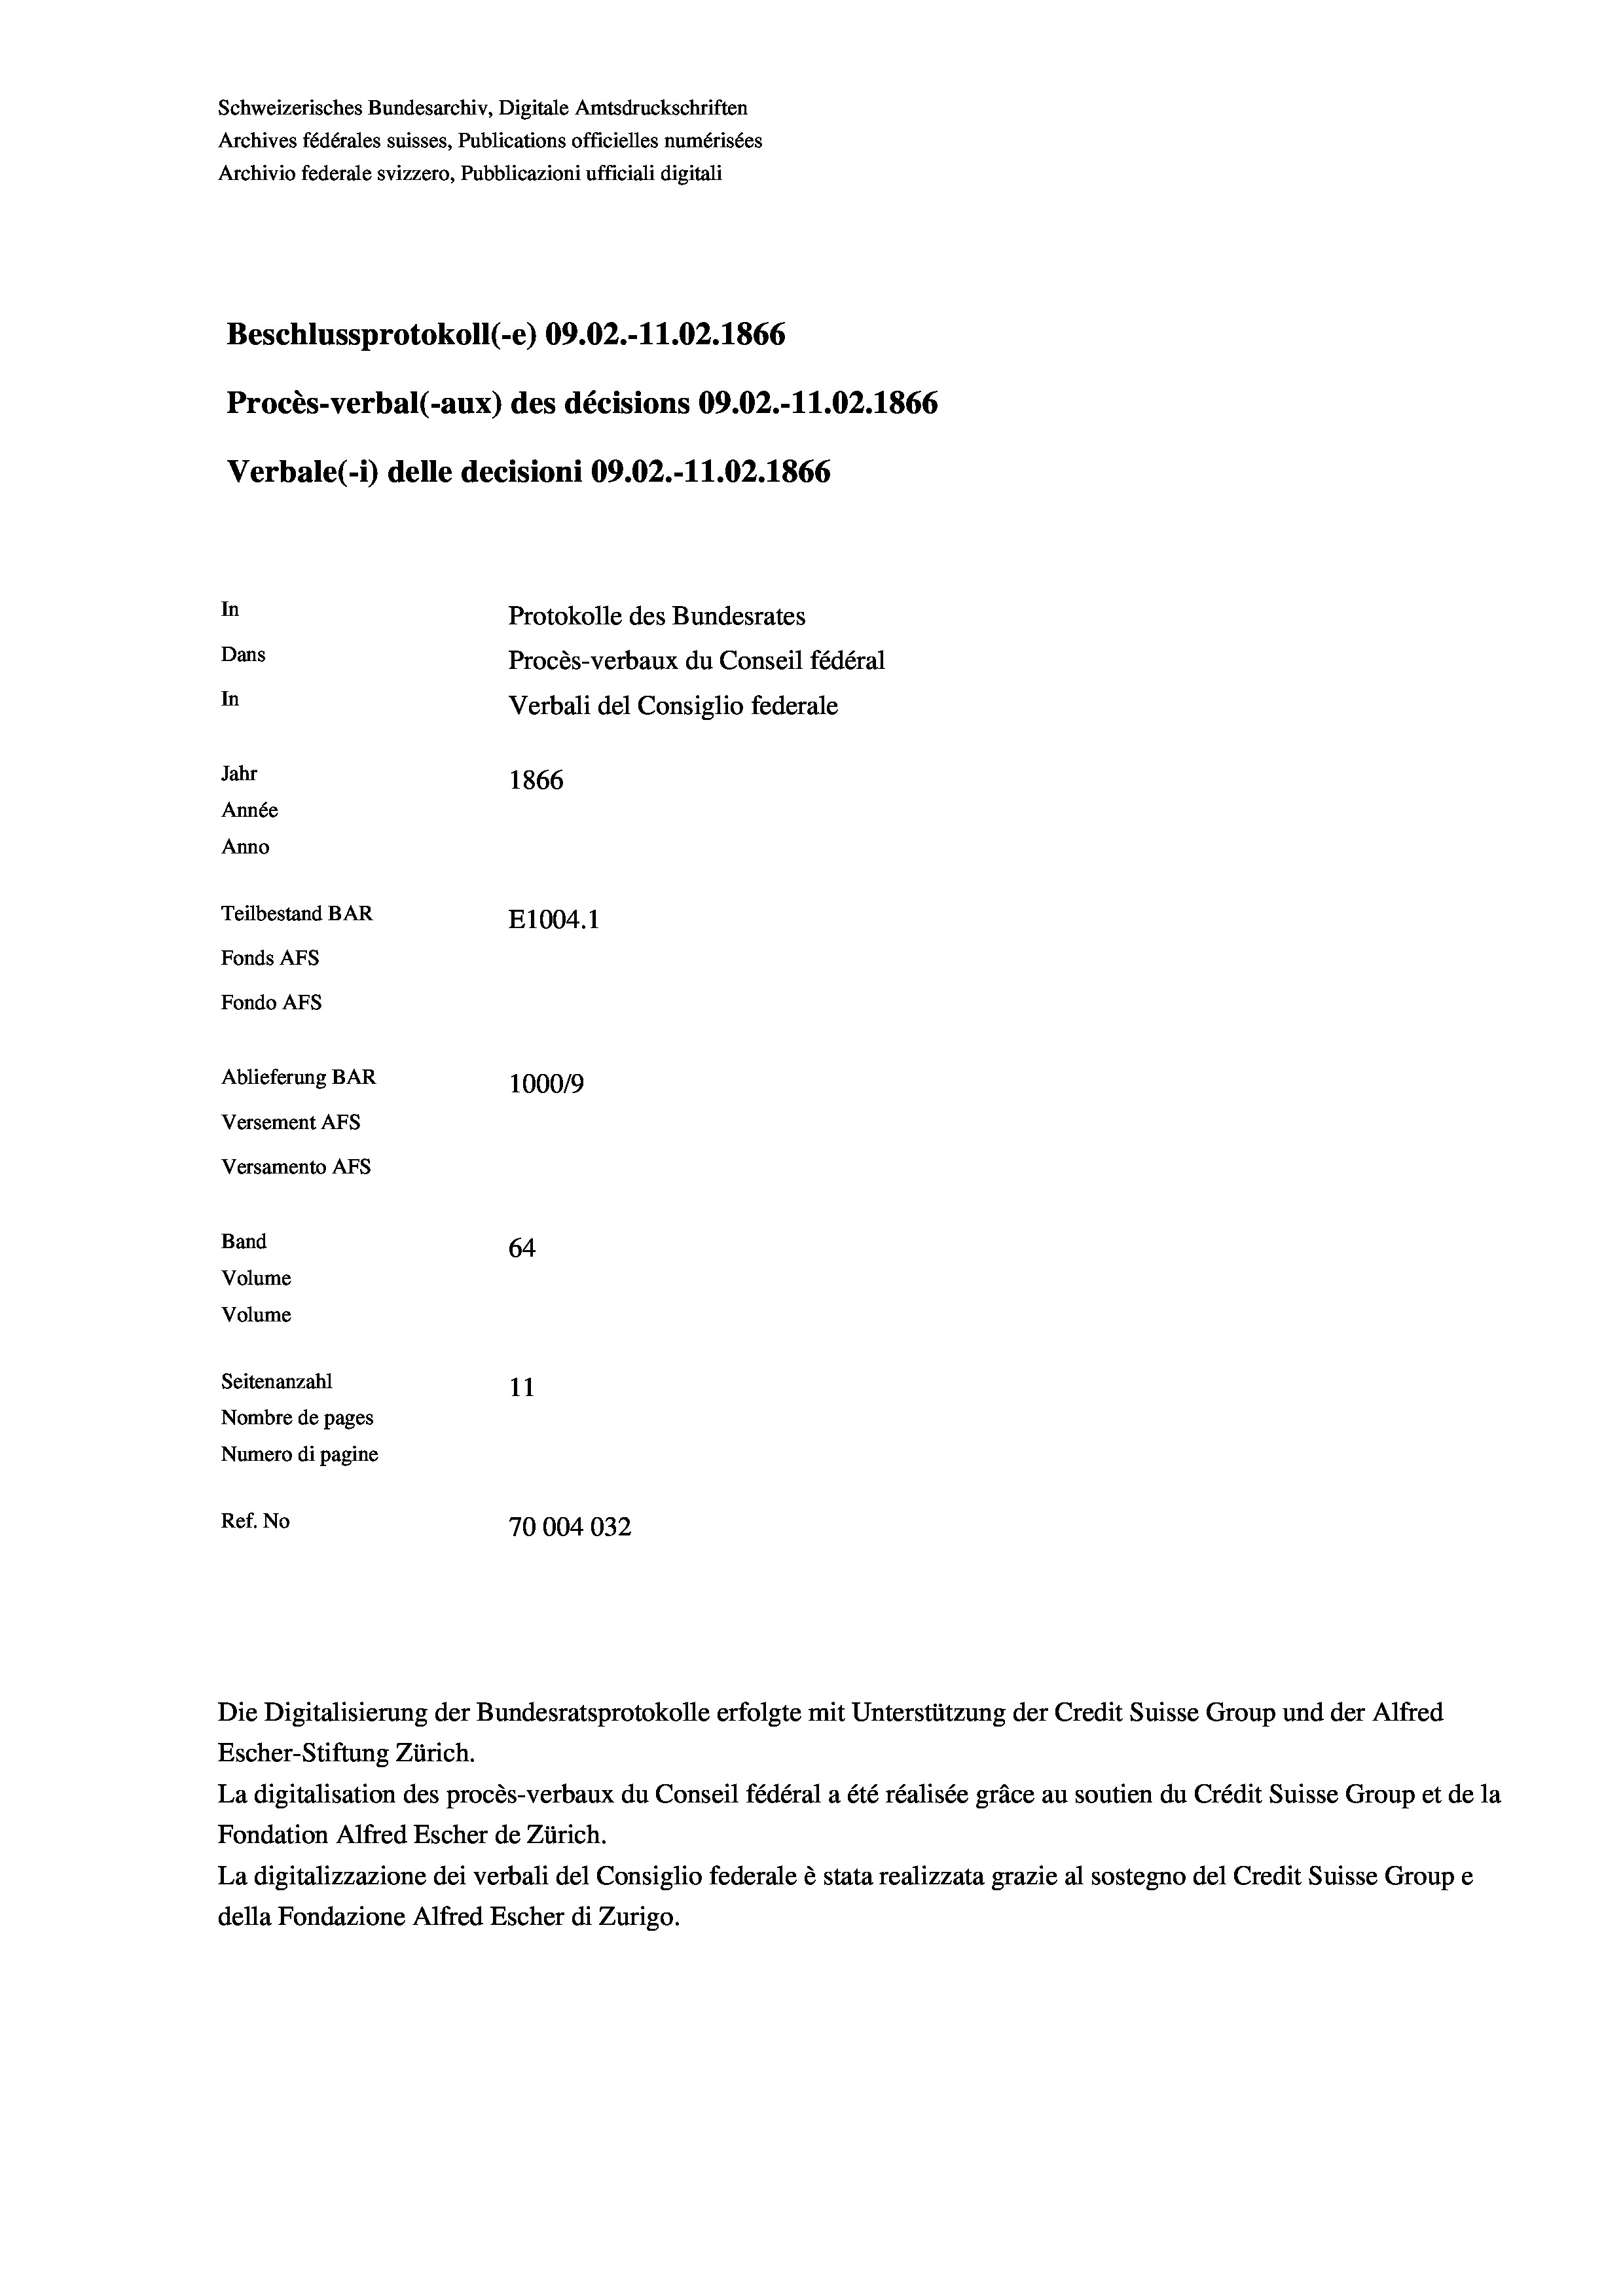
Schweizerisches Bundesarchiv, Digitale Amtsdruckschriften
Archives fédérales suisses, Publications officielles numérisées
Archivio federale svizzero, Pubblicazioni ufficiali digitali
Beschlussprotokoll (-e) 09.02.-11.02.1866
Procès-verbal (-aux) des décisions 09.02.-11.02. 1866
Verbale (i) delle decisioni 09.02.-11.02. 1866
In
Protokolle des Bundesrates
Dans
Procès-verbaux du Conseil fédéral
In
Verbali del Consiglio federale
Jahr
1866
Année
Anno
Teilbestand BAR
E1004.1
Fonds AFs
Fondo Afs
Ablieferung BAR
100019
Versement AFs
Versamento AFs
Band
64
Volume
Volume

Seitenanzahl
11
Nombre de pages
Numero di pagine
Ref. No
70004032

Escher-Stiftung Zürich.
La digitalisation des procès-verbaux du Conseil fédéral a été réalisée gräce au soutien du Crédit Suisse Group et de la
Fondation Alfred Escher de Zürich.
La digitalizzazione dei verbali del Consiglio federale è stata realizzata grazie al sostegno del Credit Suisse Groupe
della Fondazione Alfred Escher di Zurigo.

Die Digitalisierung der Bundesratsprotokolle erfolgte mit Unterstützung der Credit Suisse Group und der Alfred